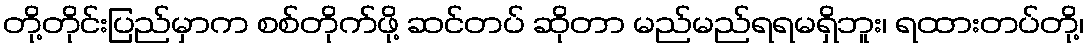
တို့တိုင်းပြည်မှာက စစ်တိုက်ဖို့ ဆင်တပ် ဆိုတာ မည်မည်ရရမရှိဘူး၊ ရထားတပ်တို့၊